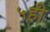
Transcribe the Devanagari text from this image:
५ही